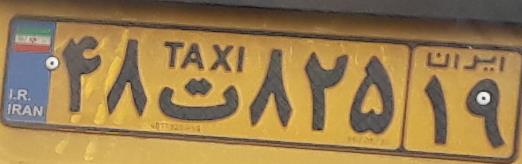
۴۸ت۸۲۵۱۹